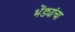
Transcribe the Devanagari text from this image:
भेंड्यांचा